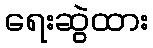
ရေးဆွဲထား